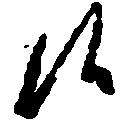
候